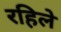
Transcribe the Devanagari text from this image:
रहिले